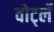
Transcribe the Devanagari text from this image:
वोर्ट्ले